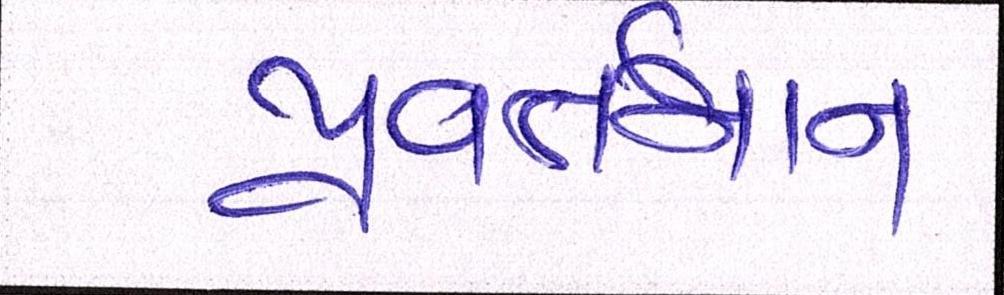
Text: પ્રવર્તમાન